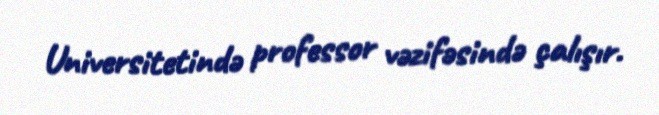
Universitetində professor vəzifəsində çalışır.